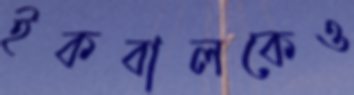
ইকবালকেও